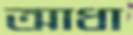
আধা